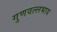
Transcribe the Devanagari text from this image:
गुणवल्लभाय